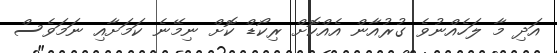
އަދި މާ ލަހެއްނުވެ ގުރުއާން އެއްކޮށް ރިކޯޑް ކޮށް ނިމޭނެ ކަމަށާއި ނަމަވެސް